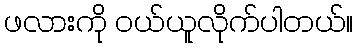
ဖလားကို ဝယ်ယူလိုက်ပါတယ်။